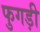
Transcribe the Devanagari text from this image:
फुगड़ी